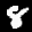
Label: 8